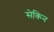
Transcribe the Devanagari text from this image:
सेकिन